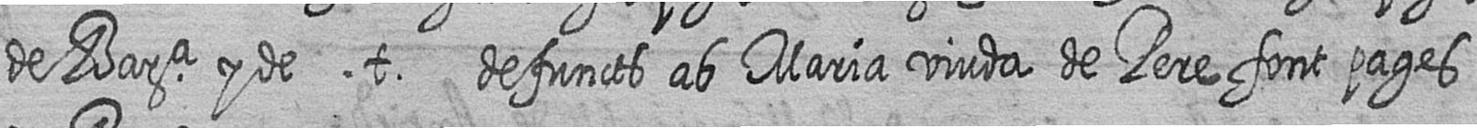
de Bara y de t defuncts ab Maria viuda de Pere font pages